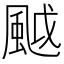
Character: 䬂